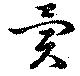
異